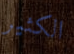
الكثير